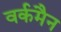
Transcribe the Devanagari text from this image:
वर्कमैन